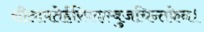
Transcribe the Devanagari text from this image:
सीतापतेर्हरिपदाम्बुजचिन्तकेन।